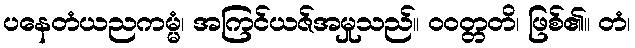
ပနေတံယညကမ္မံ၊ အကြင်ယဇ်အမှုသည်။ ဝဝတ္တတိ၊ ဖြစ်၏။ တံ၊